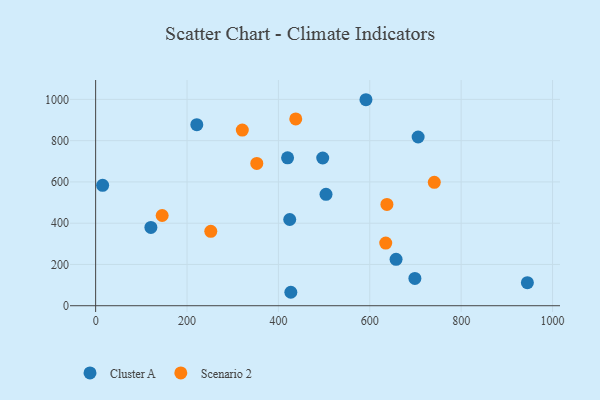
{"axis": {"x": "Distance", "y": "Sales"}, "legend": ["Cluster A", "Scenario 2"], "data": [{"x": "944.9", "y": 111.7, "type": "Cluster A"}, {"x": "15.3", "y": 583.7, "type": "Cluster A"}, {"x": "705.8", "y": 817.7, "type": "Cluster A"}, {"x": "221.4", "y": 877.3, "type": "Cluster A"}, {"x": "504.2", "y": 539.7, "type": "Cluster A"}, {"x": "698.7", "y": 132.2, "type": "Cluster A"}, {"x": "497.0", "y": 716.0, "type": "Cluster A"}, {"x": "591.6", "y": 998.4, "type": "Cluster A"}, {"x": "120.9", "y": 379.7, "type": "Cluster A"}, {"x": "424.8", "y": 417.8, "type": "Cluster A"}, {"x": "657.5", "y": 225.0, "type": "Cluster A"}, {"x": "420.1", "y": 716.9, "type": "Cluster A"}, {"x": "427.2", "y": 65.2, "type": "Cluster A"}, {"x": "252.0", "y": 360.7, "type": "Scenario 2"}, {"x": "321.0", "y": 851.4, "type": "Scenario 2"}, {"x": "438.0", "y": 905.2, "type": "Scenario 2"}, {"x": "741.2", "y": 597.9, "type": "Scenario 2"}, {"x": "634.9", "y": 303.7, "type": "Scenario 2"}, {"x": "637.5", "y": 490.9, "type": "Scenario 2"}, {"x": "352.7", "y": 689.7, "type": "Scenario 2"}, {"x": "145.6", "y": 437.3, "type": "Scenario 2"}]}